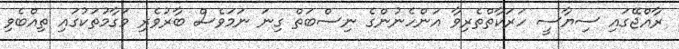
ރާއްޖޭގައި ސިޔާސީ ހަރަކާތްތެރިވާ އަންހެނުންގެ ނިސްބަތް ގިނަ ނަމަވެސް ބާރުވެރި މަގާމުތަކުގައި ތިއްބެވި